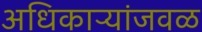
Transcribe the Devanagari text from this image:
अधिकाऱ्यांजवळ